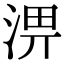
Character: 淠